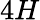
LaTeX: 4H